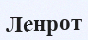
Ленрот